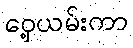
ဝှေ့ယမ်းကာ